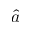
\hat { a }